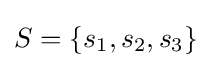
S=\{s_{1},s_{2},s_{3}\}